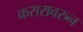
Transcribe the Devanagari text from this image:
करारावरुन